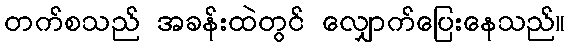
တက်စသည် အခန်းထဲတွင် လျှောက်ပြေးနေသည်။